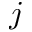
j